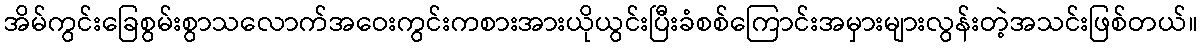
အိမ်ကွင်းခြေစွမ်းစွာသလောက်အဝေးကွင်းကစားအားယိုယွင်းပြီးခံစစ်ကြောင်းအမှားများလွန်းတဲ့အသင်းဖြစ်တယ်။